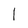
Character: 1